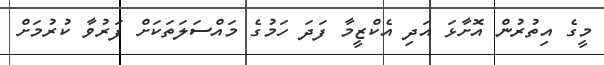
މީގެ އިތުރުން އޮށާޅަ އަދި އެކްޒީމާ ފަދަ ހަމުގެ މައްސަލަތަކަށް ފަރުވާ ކުރުމަށް